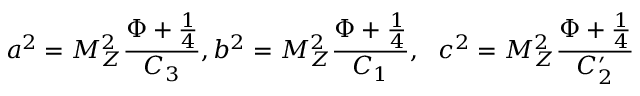
a ^ { 2 } = M _ { Z } ^ { 2 } \frac { \Phi + \frac { 1 } { 4 } } { C _ { 3 } } , b ^ { 2 } = M _ { Z } ^ { 2 } \frac { \Phi + \frac { 1 } { 4 } } { C _ { 1 } } , ~ ~ c ^ { 2 } = M _ { Z } ^ { 2 } \frac { \Phi + \frac { 1 } { 4 } } { C _ { 2 } ^ { \prime } }